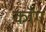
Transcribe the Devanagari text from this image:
कॉंग